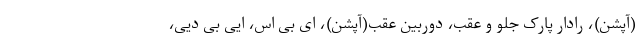
(آپشن)، رادار پارک جلو و عقب، دوربین عقب(آپشن)، ای بی اس، ایی بی دیی،